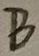
Text: B